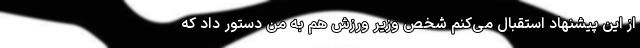
از این پیشنهاد استقبال می‌کنم شخص وزیر ورزش هم به من دستور داد که